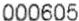
000605